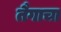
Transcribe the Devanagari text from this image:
तैगाचा